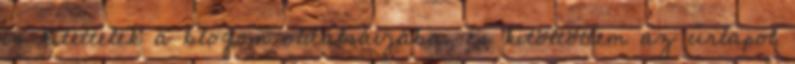
is kitettelek a blogom oldalsávjába, és kitöltöttem az űrlapot